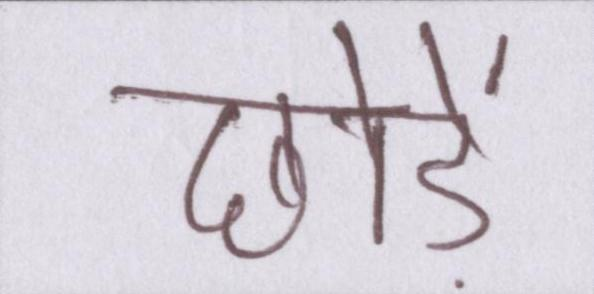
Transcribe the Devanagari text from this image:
छोड़ें